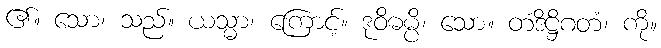
၏။ သော၊ သည်။ ယသ္မာ၊ ကြောင့်။ ဒုဝိဓမ္ပိ၊ သော။ တံဒိဋ္ဌိဂတံ၊ ကို။